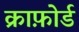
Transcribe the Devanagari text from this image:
क्राफ़ोर्ड